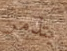
يتذمر